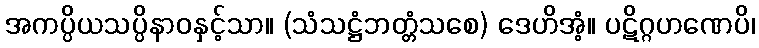
အကပ္ပိယသပ္ပိနာဝနှင့်သာ။ (သံသဋ္ဌံဘတ္တံသစေ) ဒေဟိအံ့။ ပဋိဂ္ဂဟဏေပိ၊